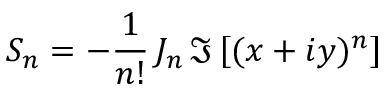
S _ { n } = - \frac { 1 } { n ! } \, J _ { n } \, \Im \left[ ( x + i y ) ^ { n } \right]